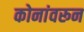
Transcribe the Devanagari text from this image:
कोनांवरून